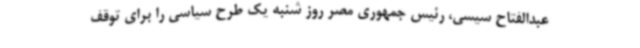
عبدالفتاح سیسی،‌ رئیس جمهوری مصر روز شنبه یک طرح سیاسی را برای توقف